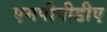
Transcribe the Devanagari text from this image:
एमपीपीडीए